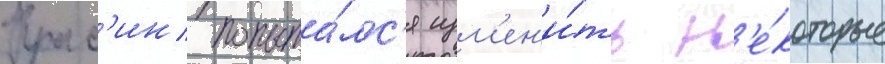
Крас'ин попыта́лс'я изм'ен'и́ть н'е́которые